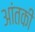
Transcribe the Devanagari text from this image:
आंतकी